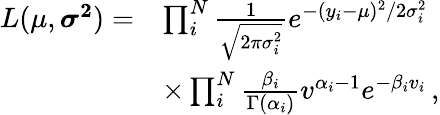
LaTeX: \begin{array}{rl}{L(\mu,\boldsymbol{\sigma^{2}})=}&{\prod_{i}^{N}\frac{1}{\sqrt{2\pi\sigma_{i}^{2}}}e^{-(y_{i}-\mu)^{2}/2\sigma_{i}^{2}}}\\ &{\times\prod_{i}^{N}\frac{\beta_{i}}{\Gamma(\alpha_{i})}v^{\alpha_{i}-1}e^{-\beta_{i}v_{i}}\, ,}\end{array}